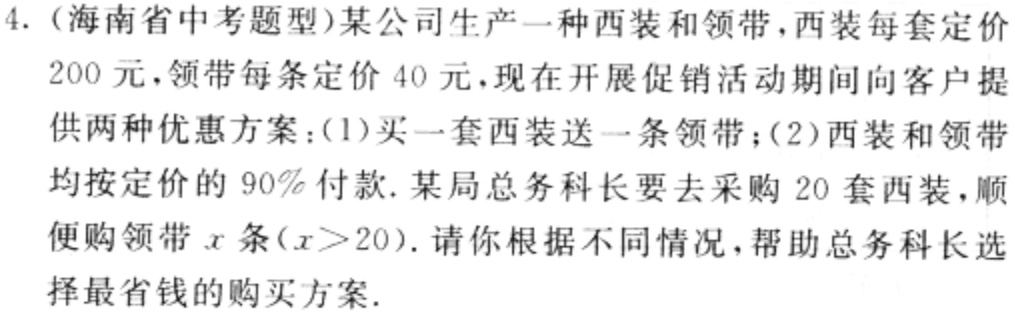
4.（海南省中考题型）某公司生产一种西装和领带，西装每套定价200元，领带每条定价40元，现在开展促销活动期间向客户提供两种优惠方案：(1)买一套西装送一条领带；(2)西装和领带均按定价的90%付款. 某局总务科长要去采购20套西装，顺便购领带\(x\)条\((x > 20)\). 请你根据不同情况，帮助总务科长选择最省钱的购买方案.